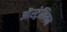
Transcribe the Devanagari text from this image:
ऒस्ट्रेलियन